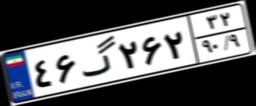
۴۶گ۲۶۲۳۲